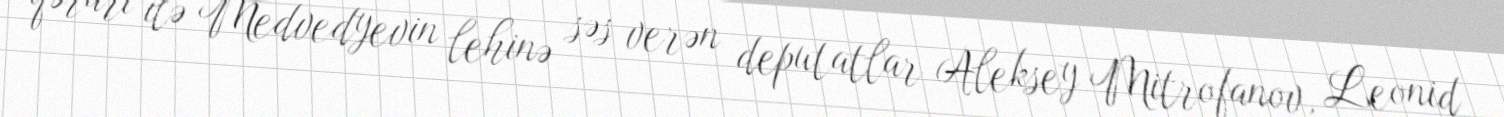
qərarı ilə Medvedyevin lehinə səs verən deputatlar Aleksey Mitrofanov, Leonid